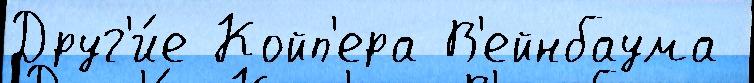
Друг'и́е Койп'ера В'ейнбаума